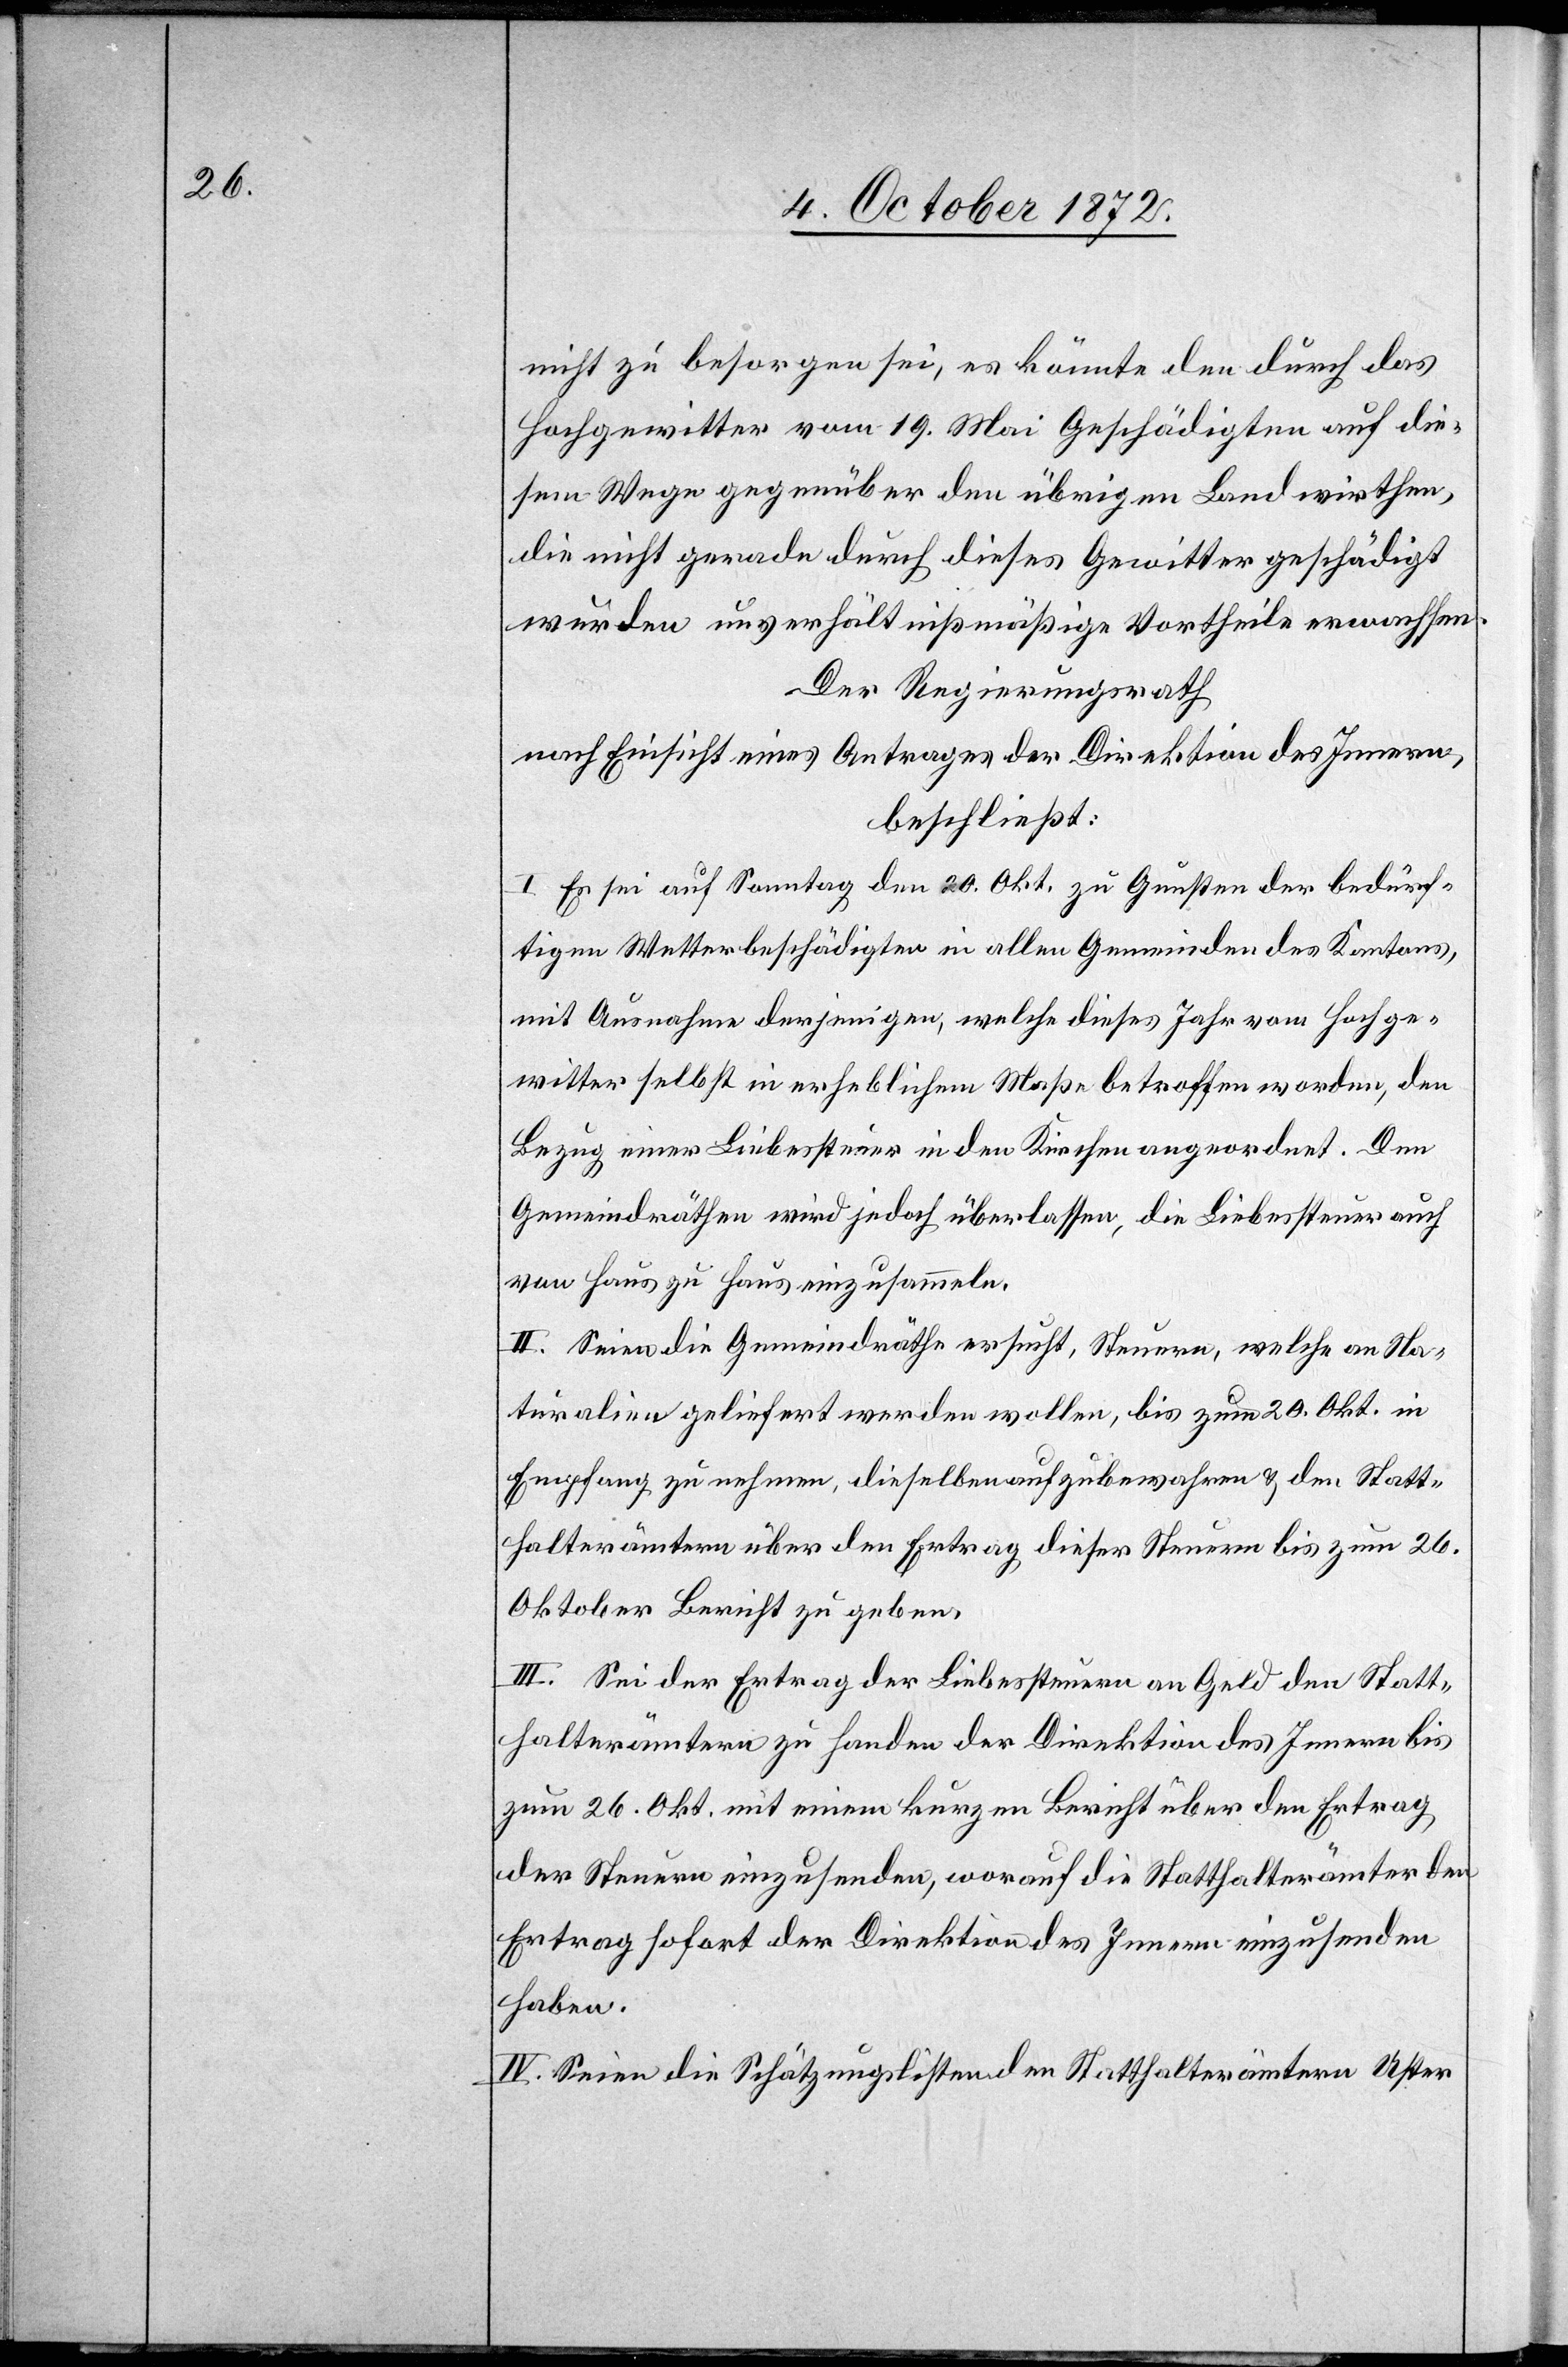
nicht zu besorgen sei, es könnte den durch das
Hochgewitter vom 19. Mai Geschädigten auf die¬
sem Wege gegenüber den übrigen Landwirthen,
die nicht gerade durch dieses Gewitter geschädigt
wurden unverhältnißmäßige Vortheile erwachsen.
Der Regierungsrath
nach Einsicht eines Antrages der Direktion des Innern,
beschließt:
I. Es sei auf Sonntag den 20. Okt. zu Gunsten der bedürf¬
tigen Wetterbeschädigten in allen Gemeinden des Kantons,
mit Ausnahme derjenigen, welche dieses Jahr vom Hochge¬
witter selbst in erheblichem Maße betroffen worden, den
Bezug einer Liebessteuer in den Kirchen angeordnet. Den
Gemeindräthen wird jedoch überlassen, die Liebessteuer auch
von Haus zu Haus einzusammeln.
II. Seien die Gemeindräthe ersucht, Steuern, welche an Na¬
turalien geliefert werden wollen, bis zum 20. Okt. in
Empfang zu nehmen, dieselben aufzubewahren u. den Statt¬
halterämtern über den Ertrag dieser Steuern bis zum 26.
Oktober Bericht zu geben.
III. Sei der Ertrag der Liebessteuer an Geld den Statt¬
halterämtern zu Handen der Direktion des Innern bis
zum 26. Okt. mit einem kurzen Bericht über den Ertrag
der Steuern einzusenden, worauf die Statthalterämter den
Ertrag sofort der Direktion des Innern einzusenden
haben.
IV. Seien die Schätzungslisten den Statthalterämtern Uster